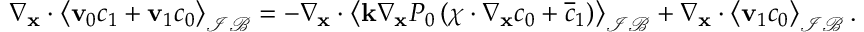
\begin{array} { r } { \nabla _ { \mathbf x } \cdot \left\langle \mathbf v _ { 0 } c _ { 1 } + \mathbf v _ { 1 } c _ { 0 } \right\rangle _ { \mathcal { I B } } = - \nabla _ { \mathbf x } \cdot \left\langle \mathbf k \nabla _ { \mathbf x } P _ { 0 } \left( \boldsymbol \chi \cdot \nabla _ { \mathbf x } c _ { 0 } + \overline { { c } } _ { 1 } \right) \right\rangle _ { \mathcal { I B } } + \nabla _ { \mathbf x } \cdot \left\langle \mathbf v _ { 1 } c _ { 0 } \right\rangle _ { \mathcal { I B } } . } \end{array}